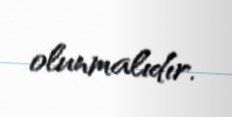
olunmalıdır.